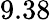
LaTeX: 9.38